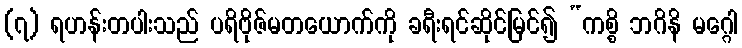
(၇) ရဟန်းတပါးသည် ပရိဗိုဇ်မတယောက်ကို ခရီးရင်ဆိုင်မြင်၍ “ကစ္စိ ဘဂိနိ မဂ္ဂေါ